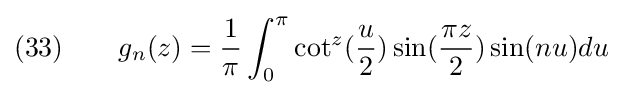
(33)\qquad g_{n}(z)={\frac {1}{\pi }}\int _{0}^{\pi }\cot ^{z}({\frac {u}{2}})\sin({\frac {\pi z}{2}})\sin(nu)du